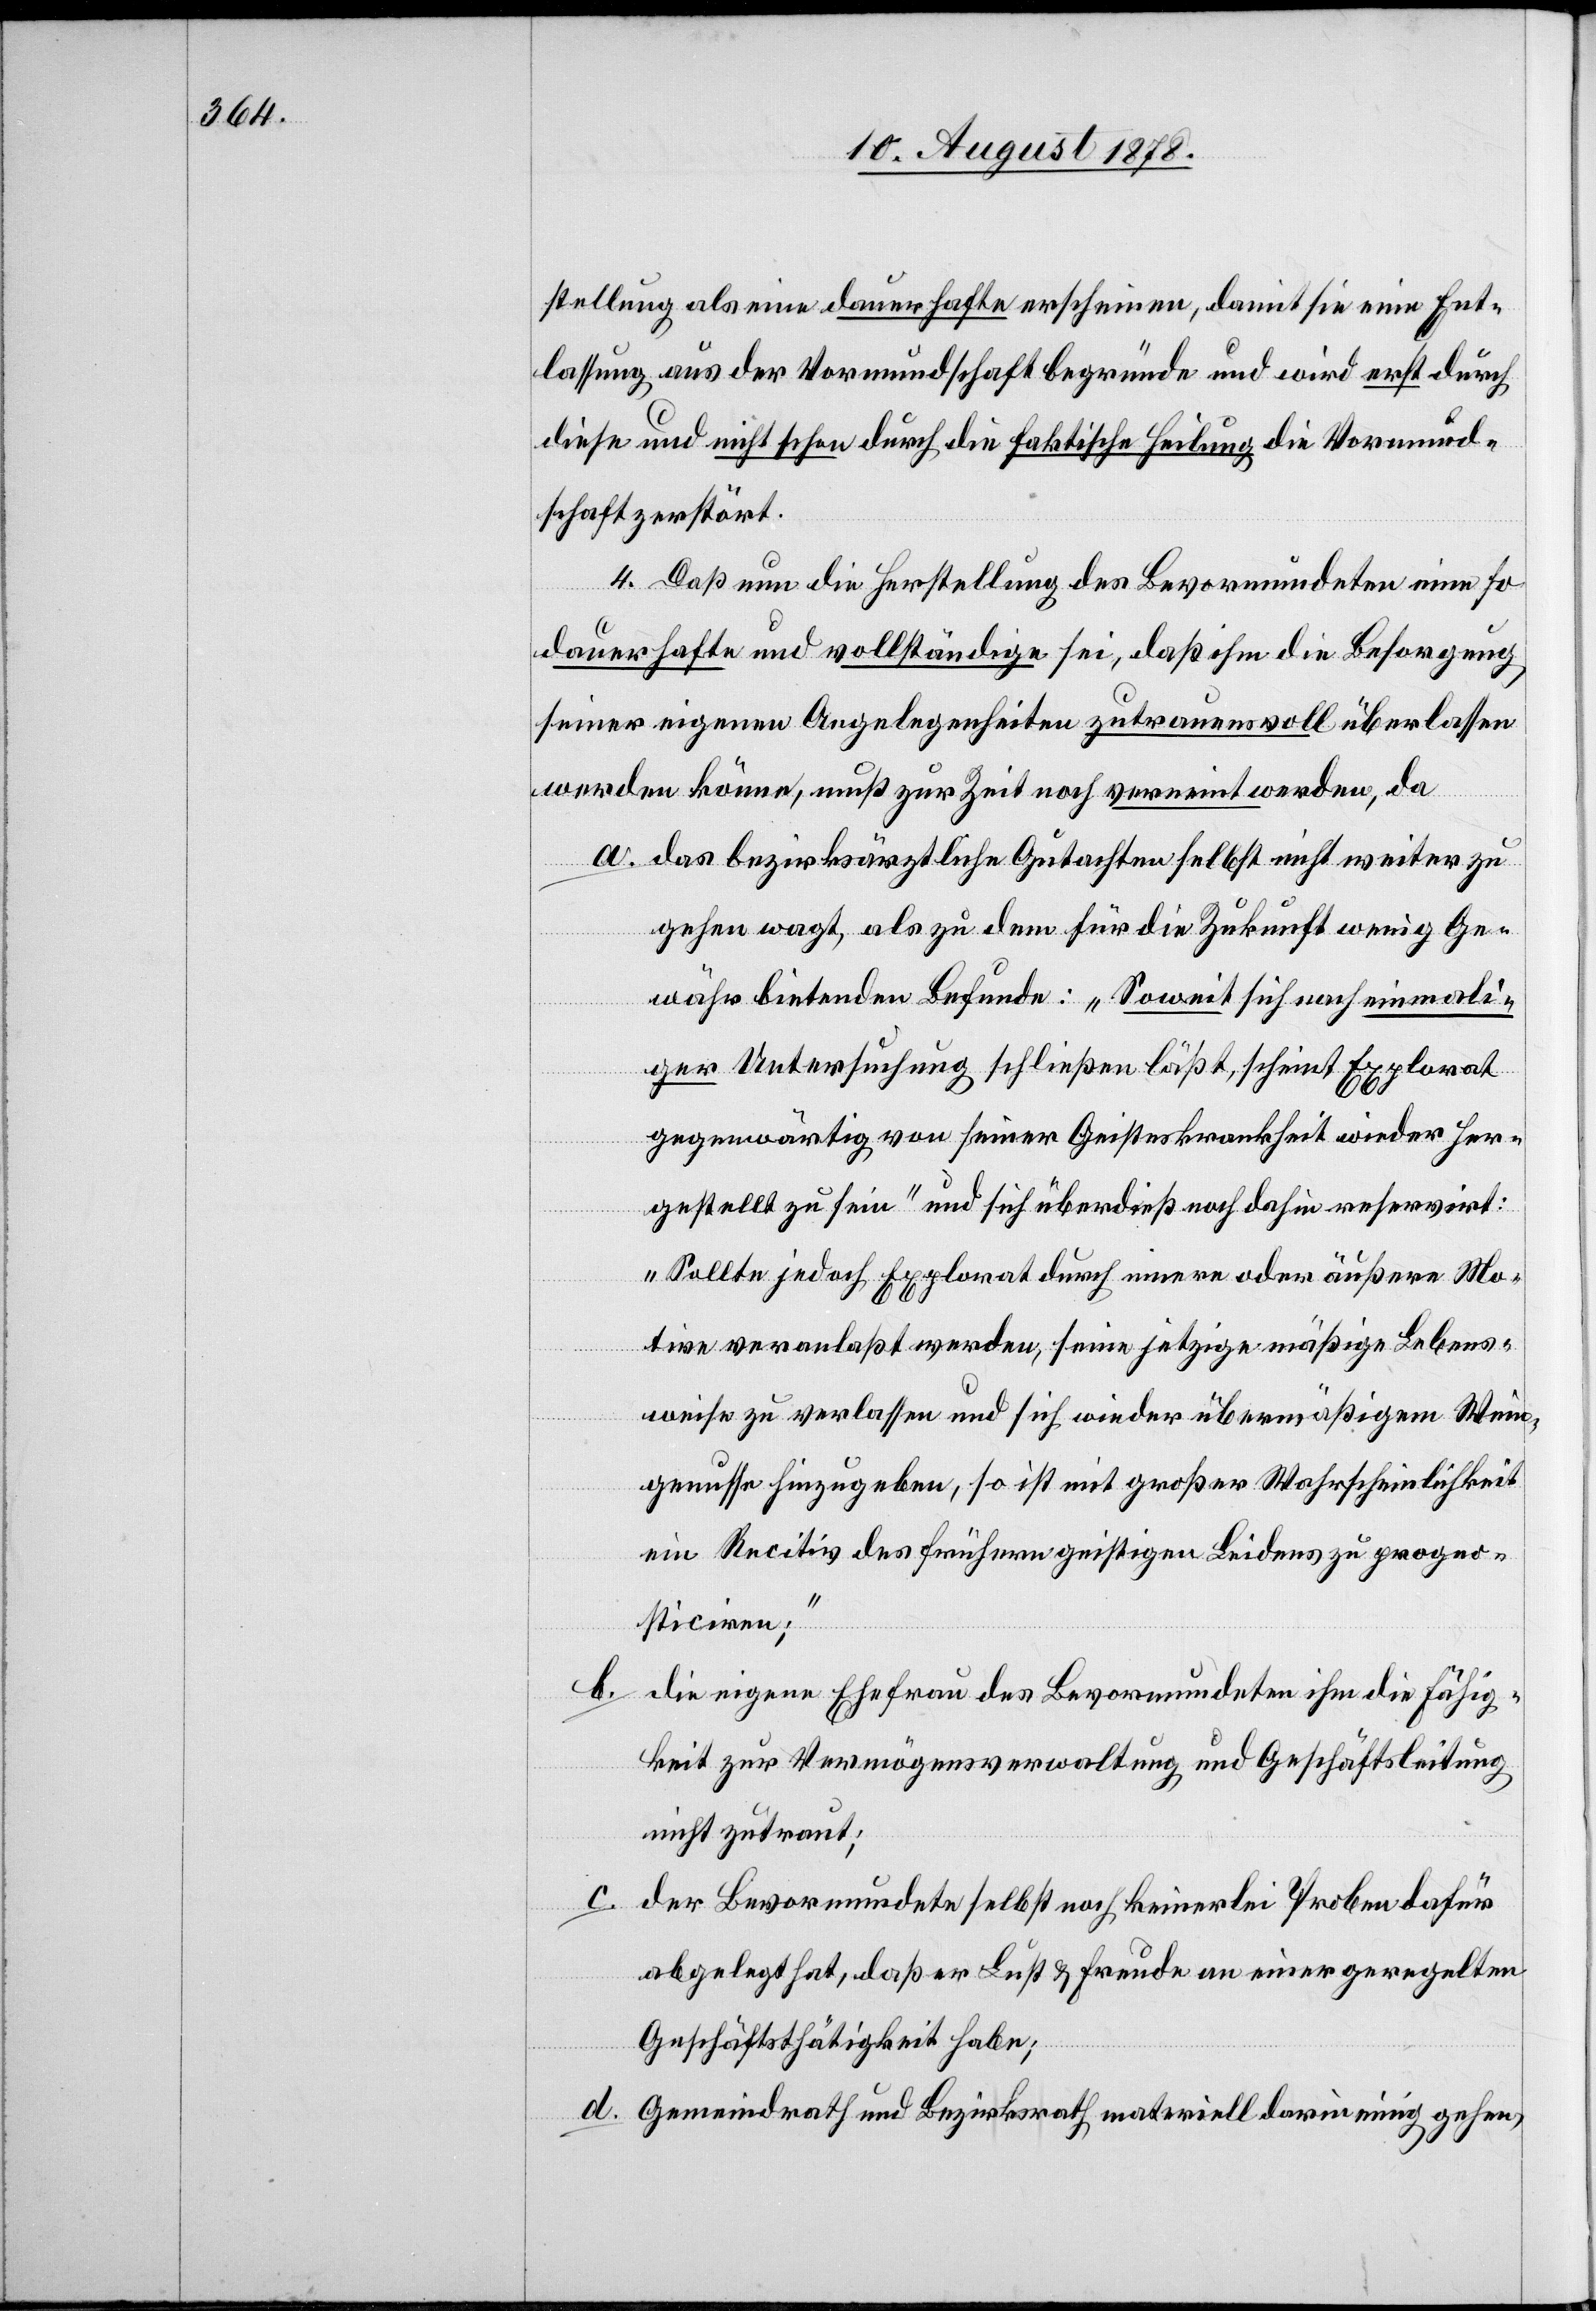
stellung als eine dauerhafte erscheinen, damit sie eine Ent¬
lassung aus der Vormundschaft begründe und wird erst durch
diese und nicht schon durch die faktische Heilung die Vormund¬
schaft zerstört.
4. Daß nun die Herstellung des Bevormundeten eine so
dauerhafte und vollständige sei, daß ihm die Besorgung
seiner eigenen Angelegenheiten zutrauensvoll überlassen
werden könne, muß zur Zeit noch verneint werden, da
das bezirksärztliche Gutachten selbst nicht weiter zu
gehen wagt, als zu dem für die Zukunft wenig Ge¬
währ bietenden Befunde: „Soweit sich nach einmali¬
ger Untersuchung schließen läßt, scheint Explorat
gegenwärtig von seiner Geisteskrankheit wieder her¬
gestellt zu sein“ und sich überdieß noch dahin reservirt:
„Sollte jedoch Explorat durch innere oder äußere Mo¬
tive veranlaßt werden, seine jetzige mäßige Lebens¬
weise zu verlassen und sich wieder übermäßigem Wein¬
genusse hinzugeben, so ist mit großer Wahrscheinlichkeit
ein Recitiv des frühern geistigen Leidens zu progno¬
sticiren;“
d.
die eigene Ehefrau des Bevormundeten ihm die Fähig¬
keit zur Vermögensverwaltung und Geschäftsleitung
nicht zutraut;
der Bevormundete selbst noch keinerlei Proben dafür
abgelegt hat, daß er Lust & Freude an einer geregelten
Geschäftstätigkeit habe;
Gemeindrath und Bezirksrath materiell darin einig gehen,